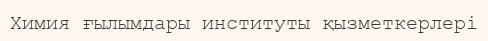
Химия ғылымдары институты қызметкерлері